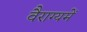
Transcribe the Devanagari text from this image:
वैराग्यमें